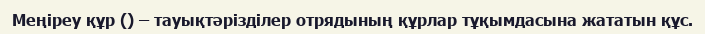
Меңіреу құр () – тауықтәрізділер отрядының құрлар тұқымдасына жататын құс.